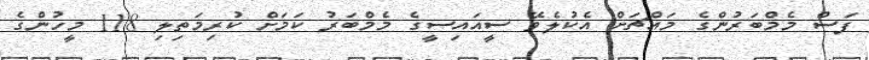
ފަސް މެމްބަރުންގެ މައްޗަށް އެކުލެވޭ ސީއައިސީގެ މެމްބަރު ކަމަށް ކުރިމަތިލި 118 މީހުންގެ